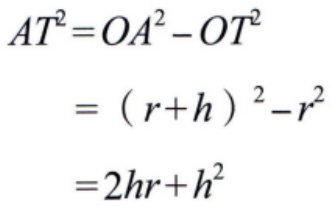
\[
\begin{align*}
AT^{2}&=OA^{2}-OT^{2}\\
&=(r + h)^{2}-r^{2}\\
&=2hr+h^{2}
\end{align*}
\]